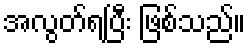
အလွတ်ရပြီး ဖြစ်သည်။